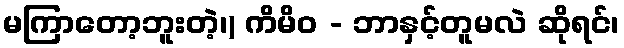
မကြာတော့ဘူးတဲ့၊) ကိမိဝ - ဘာနှင့်တူမလဲ ဆိုရင်၊